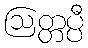
ဩတ္တပ္ပီ